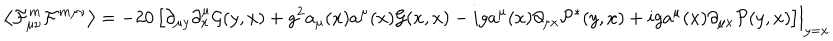
\left\langle \mathcal F _ { \mu \nu } ^ { m } \mathcal F ^ { m \mu \nu } \right\rangle = - 2 0 \left[ \partial _ { \mu y } \partial _ { x } ^ { \mu } \mathcal G ( y , x ) + g ^ { 2 } a _ { \mu } ( x ) a ^ { \mu } ( x ) \mathcal G ( x , x ) - i g a ^ { \mu } ( x ) \partial _ { \mu x } \mathcal P ^ { * } ( y , x ) + i g a ^ { \mu } ( x ) \partial _ { \mu x } \mathcal P ( y , x ) \right] \Bigr | _ { y = x }